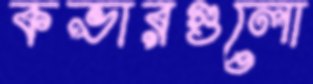
কভারগুলো